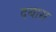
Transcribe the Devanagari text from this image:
दबास